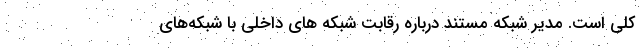
کلی است. مدیر شبکه مستند درباره رقابت شبکه های داخلی با شبکه‌های